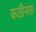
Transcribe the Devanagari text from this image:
कठीनता